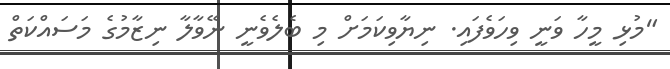
"މުޅި މީހާ ވަނީ ވިހަވެފައި. ނިޔާވިކަމަށް މި ބެލެވެނީ ނޭވާލާ ނިޒާމުގެ މަސައްކަތް